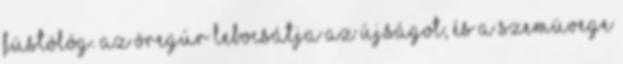
füstölög. Az öregúr lebocsátja az újságot, és a szemüvege